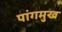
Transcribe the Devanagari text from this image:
पांगमुख